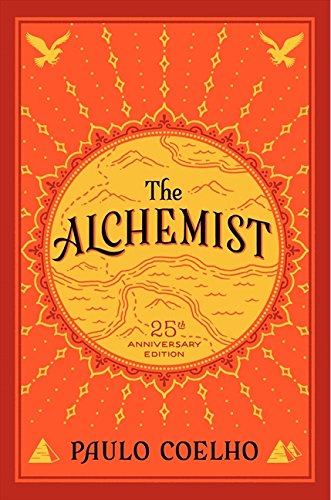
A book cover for The Alchemist; Paulo Coelho; Literature & Fiction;